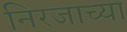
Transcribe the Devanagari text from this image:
निरजाच्या